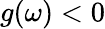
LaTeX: g(\omega)<0